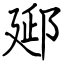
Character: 郔